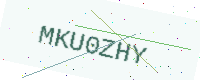
Text: MKU0ZHY